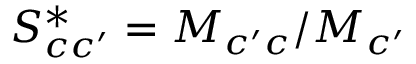
S _ { c c ^ { \prime } } ^ { * } = { M } _ { c ^ { \prime } c } / { M } _ { c ^ { \prime } }